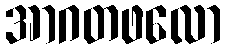
အာဂတဖလော